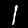
Label: 1